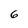
Character: 6